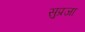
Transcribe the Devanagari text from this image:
सुप्रजा